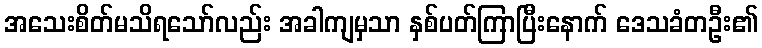
အသေးစိတ်မသိရသော်လည်း အခါကျမှသာ နှစ်ပတ်ကြာပြီးနောက် ဒေသခံတဦး၏